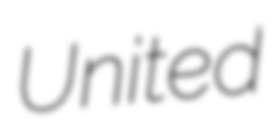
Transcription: United